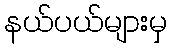
နယ်ပယ်များမှ